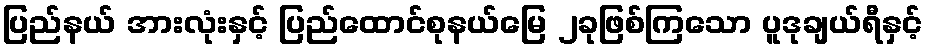
ပြည်နယ် အားလုံးနှင့် ပြည်ထောင်စုနယ်မြေ ၂ခုဖြစ်ကြသော ပူဒုချယ်ရီနှင့်